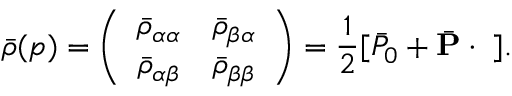
\bar { \rho } ( p ) = \left( \begin{array} { c c } { { \bar { \rho } _ { \alpha \alpha } } } & { { \bar { \rho } _ { \beta \alpha } } } \\ { { \bar { \rho } _ { \alpha \beta } } } & { { \bar { \rho } _ { \beta \beta } } } \end{array} \right) = \frac { 1 } { 2 } [ \bar { P } _ { 0 } + \bar { { \bf P } } \cdot { \bf \sigma } ] .